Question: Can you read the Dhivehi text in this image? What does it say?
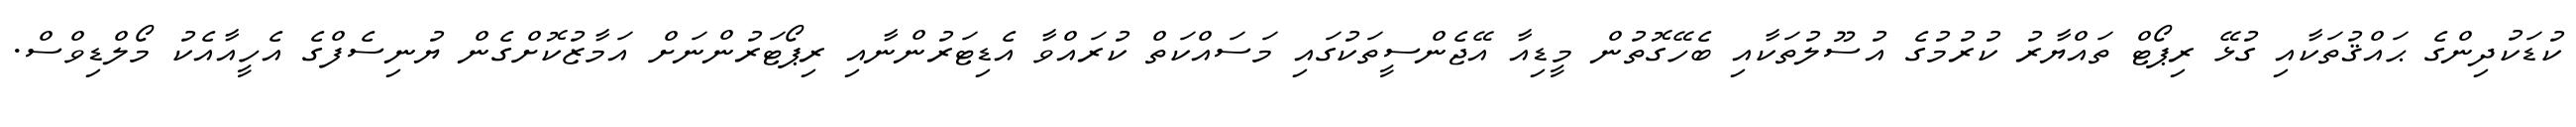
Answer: ކުޑަކުދިންގެ ޙައްޤުތަކާއި ގުޅޭ ރިޕޯޓް ތައްޔާރު ކުރުމުގެ އުސޫލުތަކާއި ބެހޭގޮތުން މީޑިއާ އޭޖެންސީތަކުގައި މަސައްކަތް ކުރައްވާ އެޑިޓަރުންނާއި ރިޕޯޓަރުންނަށް އަމާޒުކޮށްގެން ޔުނިސެފްގެ އެހީއާއެކު މޯލްޑިވްސް.